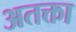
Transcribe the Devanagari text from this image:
अतक्ता